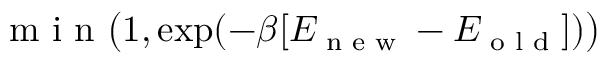
\textrm { m i n } \big ( 1 , \exp ( - \beta [ E _ { \textrm { n e w } } - E _ { \textrm { o l d } } ] ) \big )